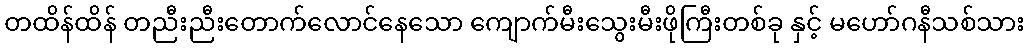
တထိန်ထိန် တညီးညီးတောက်လောင်နေသော ကျောက်မီးသွေးမီးဖိုကြီးတစ်ခု နှင့် မဟော်ဂနီသစ်သား